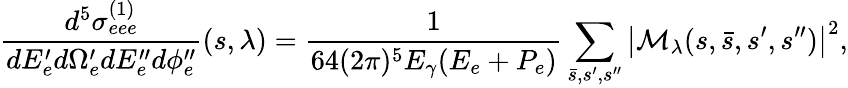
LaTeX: \frac{d^{5}\sigma_{eee}^{(1)}}{dE_{e}^{\prime}d\Omega_{e}^{\prime}dE_{e}^{\prime\prime}d\phi_{e}^{\prime\prime}}(s,\lambda)=\frac{1}{64(2\pi)^{5}E_{\gamma}(E_{e}+P_{e})}\sum_{\bar{s},s^{\prime},s^{\prime\prime}}\left|{\cal M}_{\lambda}(s,\bar{s},s^{\prime},s^{\prime\prime})\right|^{2},